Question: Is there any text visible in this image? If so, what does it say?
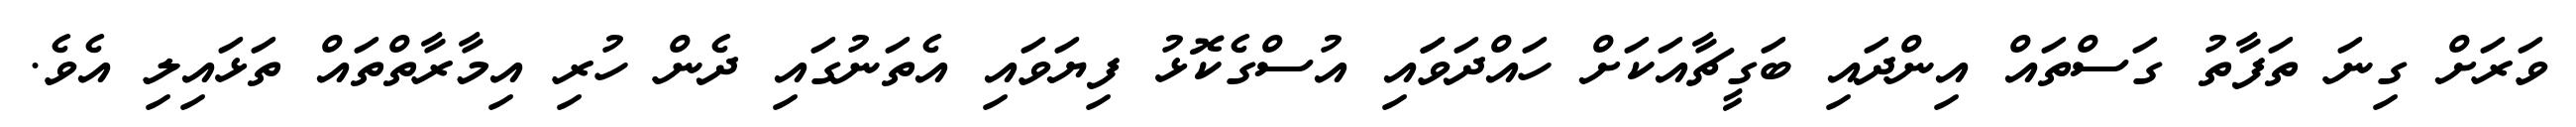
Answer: ވަރަށް ގިނަ ތަފާތު ގަސްތައް އިންދައި ބަގީޗާއަކަށް ހައްދަވަައި އުސްގެކޮޅު ފިޔަވައި އެތަނުގައި ދެން ހުރި އިމާރާތްތައް ތަޅައިލި އެވެ.